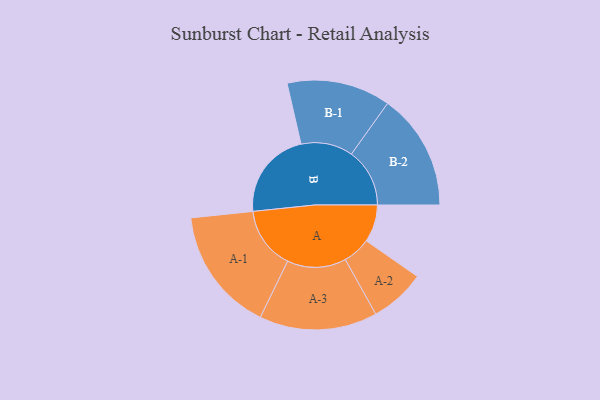
{"axis": {"x": "Segment", "y": "Value"}, "legend": ["", "A", "B"], "data": [{"x": "A", "y": 180, "type": ""}, {"x": "B", "y": 428, "type": ""}, {"x": "A-1", "y": 300, "type": "A"}, {"x": "A-2", "y": 134, "type": "A"}, {"x": "A-3", "y": 284, "type": "A"}, {"x": "B-1", "y": 250, "type": "B"}, {"x": "B-2", "y": 281, "type": "B"}]}